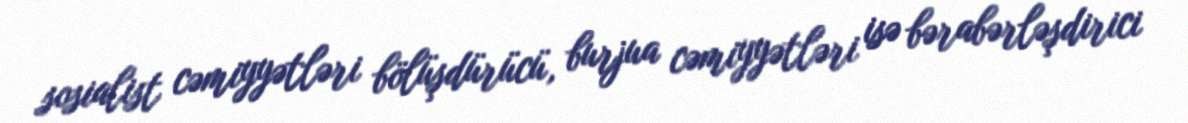
sosialist cəmiyyətləri bölüşdürücü, burjua cəmiyyətləri isə bərabərləşdirici